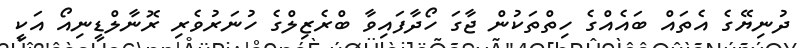
ދުނިޔޭގެ އެތައް ބައެއްގެ ހިތްތަކުން ޖާގަ ހޯދާފައިވާ ބްރެޒިލްގެ ހުނަރުވެރި ރޮނާލްޑީނިއޯ އަކީ